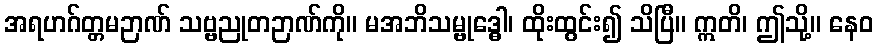
အရဟဂ်တ္တမဉာဏ် သဗ္ဗညုတဉာဏ်ကို။ မအဘိသမ္ဗုဒ္ဓေါ၊ ထိုးထွင်း၍ သိပြီ။ ဣတိ၊ ဤသို့။ နေဝ